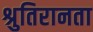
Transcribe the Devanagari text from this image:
श्रुतिरानता